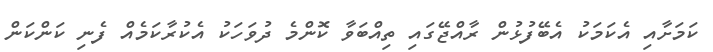
ކަމަށާއި އެކަމަކު އެބޭފުޅުން ރާއްޖޭގައި ތިއްބަވާ ކޮންމެ ދުވަހަކު އެކުރާކަމެއް ފެނި ކަންކަން